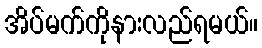
အိပ်မက်ကိုနားလည်ရမယ်။